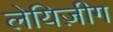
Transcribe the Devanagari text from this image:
लेयिज़ीग